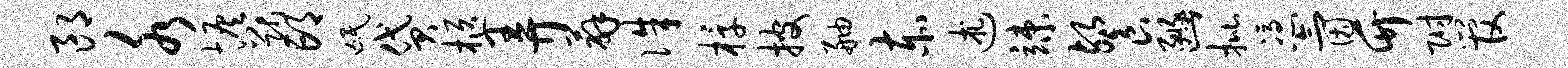
郎水恢猷邙氓贷柩弄薜侏椁披舳赤述竦餐豳批凭氤竹附管